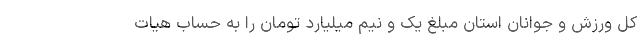
کل ورزش و جوانان استان مبلغ یک و نیم میلیارد تومان را به حساب هیات